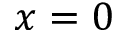
x = 0